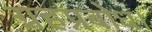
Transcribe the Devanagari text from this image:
ग्रहप्रबोध।